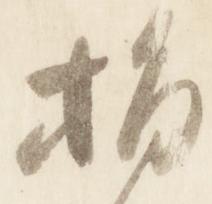
指